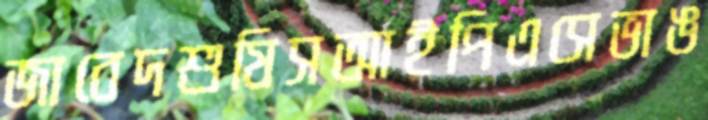
জাবেদশুষিসআইপিএসেভাঙ